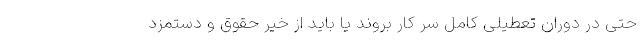
حتی در دوران تعطیلی کامل سر کار بروند یا باید از خیر حقوق و دستمزد